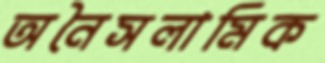
অনৈসলামিক